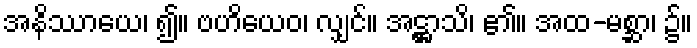
အနိဿာယေ၊ ၍။ ဗဟိယေဝ၊ လျှင်။ အဋ္ဌာသိ၊ ၏။ အထ-မစ္ဆာ၊ ၌။